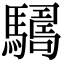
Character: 𩦑